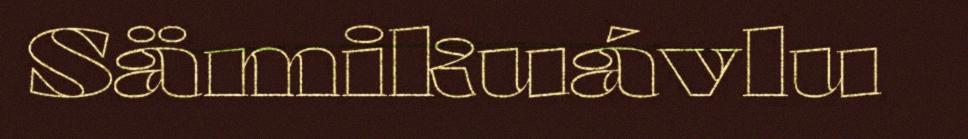
Sämikuávlu